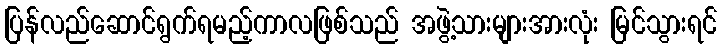
ပြန်လည်ဆောင်ရွက်ရမည့်ကာလဖြစ်သည် အဖွဲ့သားများအားလုံး မြင်သွားရင်